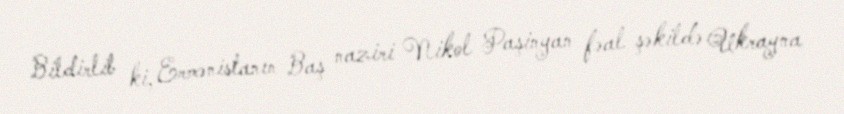
Bildirlib ki, Ermənistanın Baş naziri Nikol Paşinyan fəal şəkildə Ukrayna